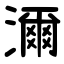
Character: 濔